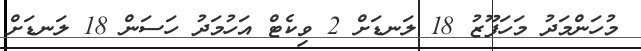
މުހަންމަދު މަހަފޫޒު 18 ލަނޑަށް 2 ވިކެޓް އަހުމަދު ހަސަން 18 ލަނޑަށް